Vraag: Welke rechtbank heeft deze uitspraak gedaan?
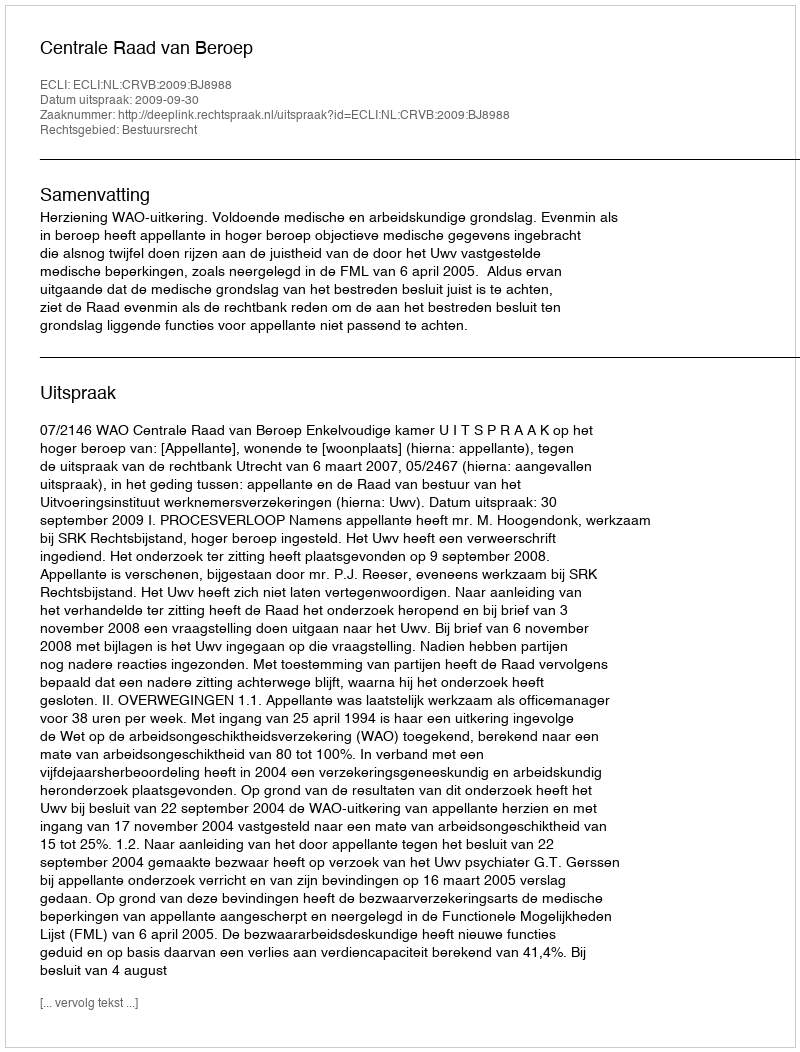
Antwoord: Centrale Raad van Beroep